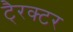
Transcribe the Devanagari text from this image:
टै्रक्टर